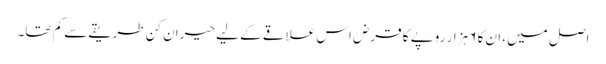
اصل میں، ان کا ۶ ہزار روپے کا قرض اس علاقے کے لیے حیران کن طریقے سے کم تھا۔